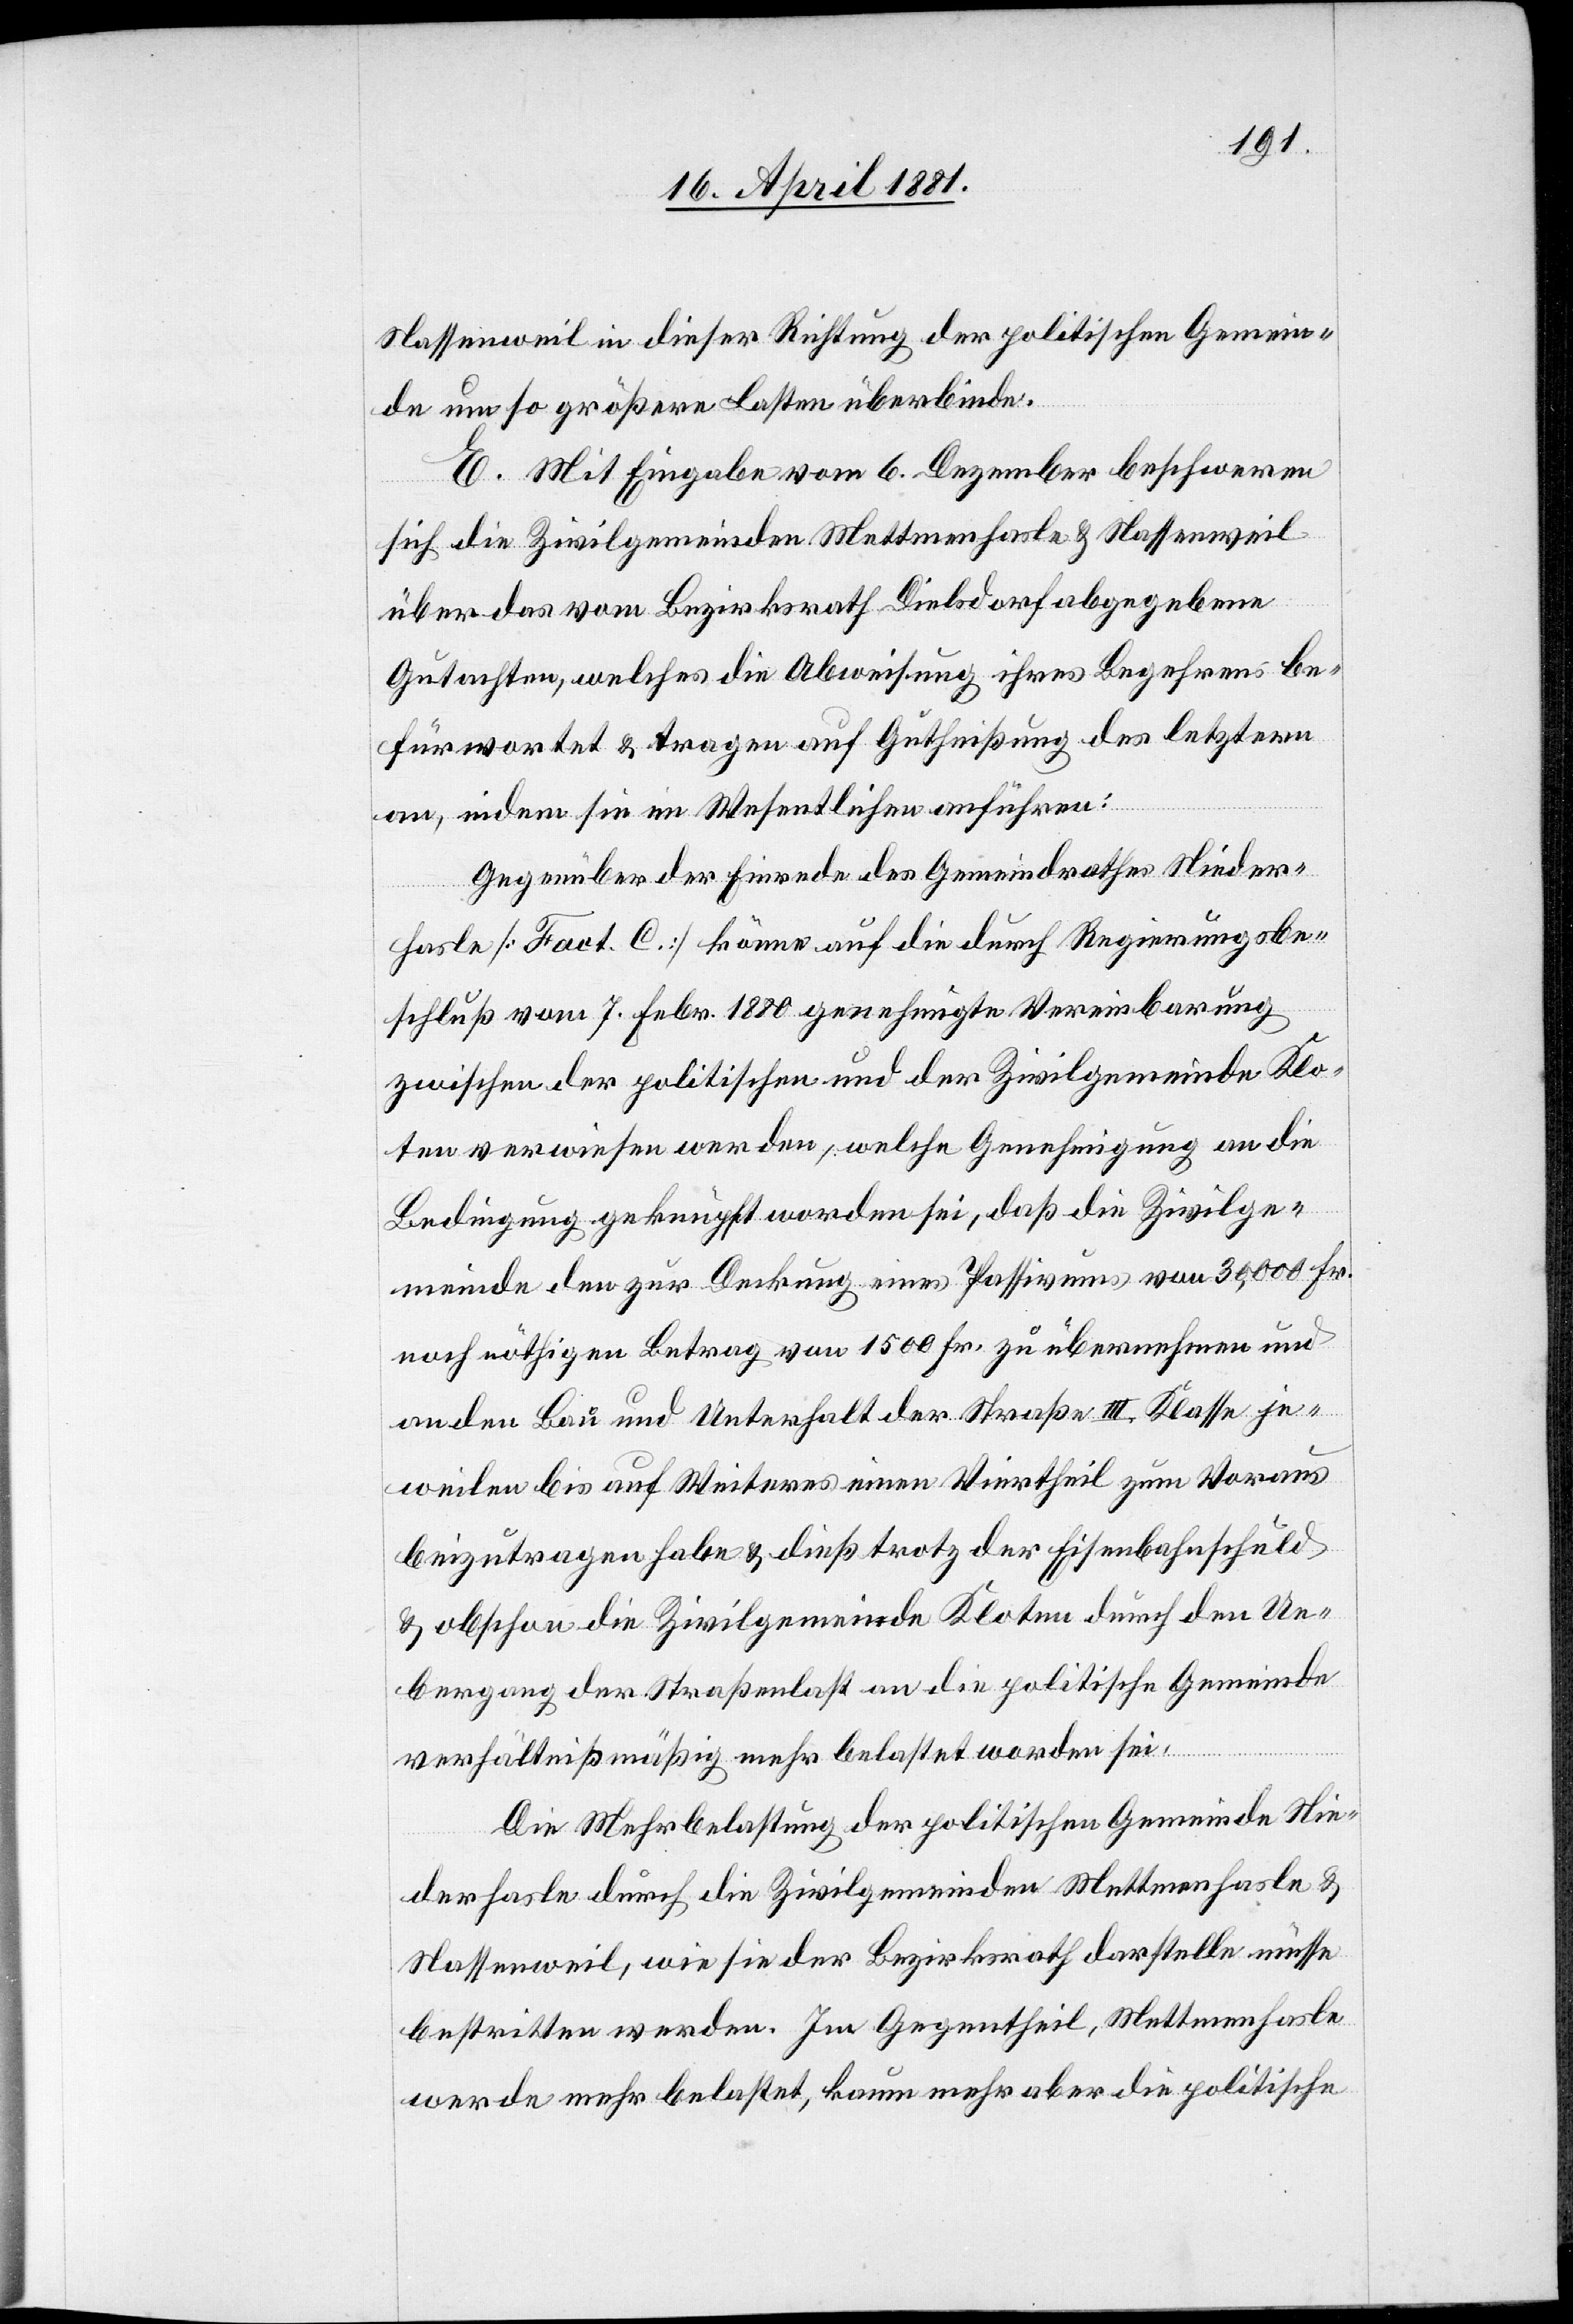
Nassenweil in dieser Richtung der politischen Gemein¬
de umso größere Lasten überbinde.
E. Mit Eingabe vom 6. Dezember beschweren
sich die Zivilgemeinden Mettmenhasle & Nassenweil
über das vom Bezirksrath Dielsdorf abgegebene
Gutachten, welches die Abweisung ihres Begehrens be¬
fürwortet & tragen auf Gutheißung des letzern
an, indem sie im Wesentlichen anfügen:
Gegenüber der Einrede des Gemeindrathes Nieder¬
hasle [Fact. C] könne auf die durch Regierungsbe¬
schluß vom 7. Febr. 1880 genehmigte Vereinbarung
zwischen der politischen und der Zivilgemeinde Klo¬
ten verwiesen werden, welche Genehmigung an die
Bedingung geknüpft worden sei, daß die Zivilge¬
meinde den zur Deckung eines Passivums von 36,000 Fr.
noch nöthigen Betrag von 1500 Fr. zu übernehmen und
an den Bau und Unterhalt der Straße III. Klasse je¬
weilen bis auf Weiteres einen Viertheil zum Voraus
beizutragen habe & dieß trotz der Eisenbahnschuld
& obschon die Zivilgemeinde Kloten durch den Ue¬
bergang der Straßenlast an die politische Gemeinde
verhältnißmäßig mehr belastet worden sei.
Die Mehrbelastung der politischen Gemeinde Nie¬
derhasle durch die Zivilgemeinden Mettmenhasle &
Nassenweil, wie sie der Bezirksrath darstelle müsse
bestritten werden. Im Gegentheil, Mettmenhasle
werde mehr belastet, kaum mehr aber die politische